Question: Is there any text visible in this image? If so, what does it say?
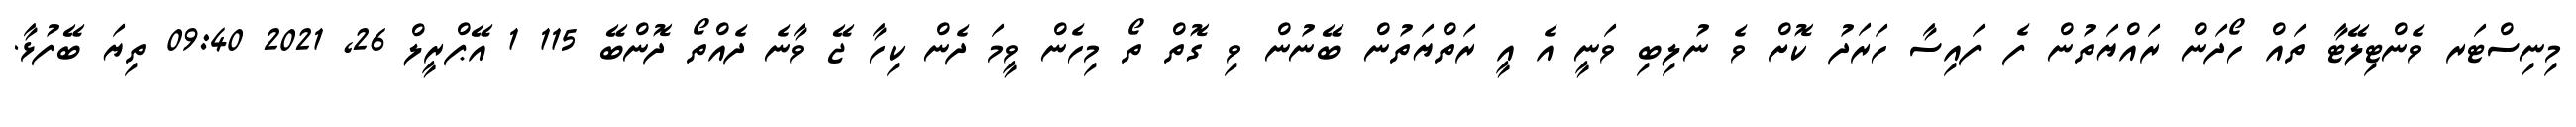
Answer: މިނިސްޓަރ ވެންޓިލޭޓާ ތައް ހޯދަން ރައްޔަތުން ފެ ފައިސާ ހަރަދު ކޮށް ވެ ނުލިބި ވަނީ އެ އީ ރަތްޔަތުން ބޭނުން ވި ގޮތް ތޯ މިހެން ވީމަ ދެން ކިހާ ޖޭ ވާނެ ދެއްތޯ ދޮންބޭ 115 1 އޭޕްރީލް 26, 2021 09:40 ތިޔަ ބޭފުޅާ.